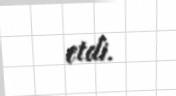
etdi.